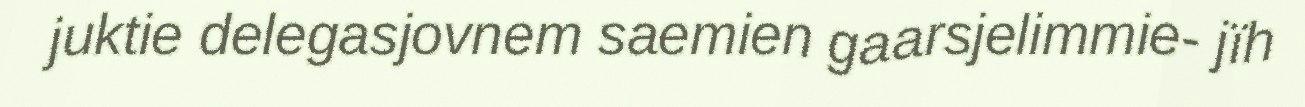
juktie delegasjovnem saemien gaarsjelimmie- jïh